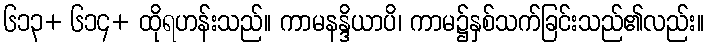
၆၁၃+ ၆၁၄+ ထိုရဟန်းသည်။ ကာမနန္ဒိယာပိ၊ ကာမ၌နှစ်သက်ခြင်းသည်၏လည်း။